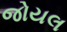
જોયલ